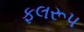
ફલરૂપ